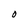
Character: O